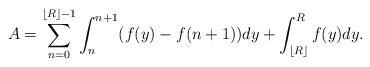
LaTeX: \begin{align*}A=\sum_{n=0}^{\lfloor R \rfloor-1}\int_{n}^{n+1}(f(y)-f(n+1))dy+\int _{\lfloor R \rfloor}^R f(y)dy.\end{align*}